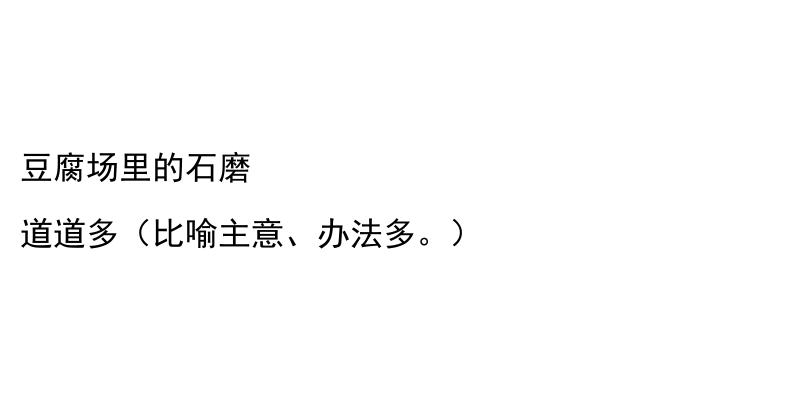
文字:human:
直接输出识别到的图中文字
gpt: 豆腐场里的石磨 道道多（比喻主意、办法多。）